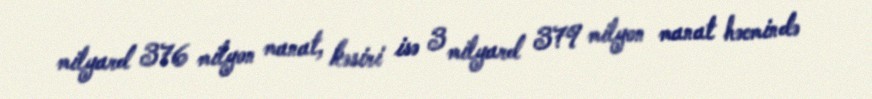
milyard 376 milyon manat, kəsiri isə 3 milyard 379 milyon manat həcmində